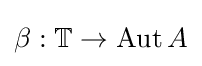
\beta :\mathbb {T} \to \operatorname {Aut} A